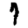
Digit: 7